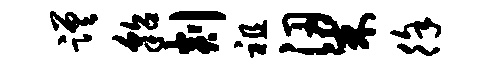
蹉貂剡祖梁徐